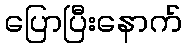
ပြောပြီးနောက်